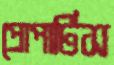
প্রোপার্টিস